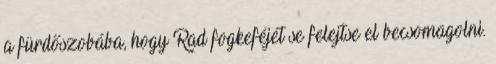
a fürdőszobába, hogy Rad fogkeféjét se felejtse el becsomagolni.